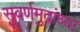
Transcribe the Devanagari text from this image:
सुवर्णमुद्रांच्या